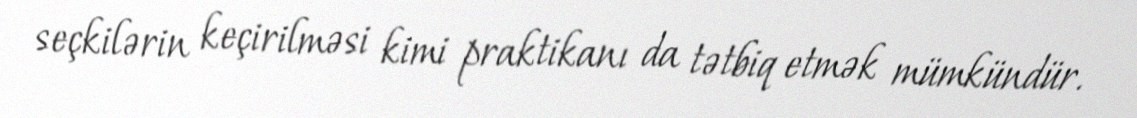
seçkilərin keçirilməsi kimi praktikanı da tətbiq etmək mümkündür.